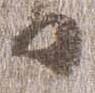
日